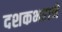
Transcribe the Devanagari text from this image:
दशकभराने